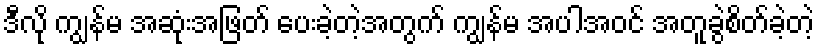
ဒီလို ကျွန်မ အဆုံးအဖြတ် ပေးခဲ့တဲ့အတွက် ကျွန်မ အပါအဝင် အတူခွဲစိတ်ခဲ့တဲ့